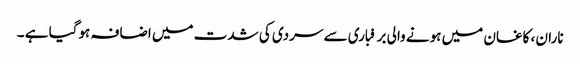
ناران ، کاغان میں ہونے والی برفباری سے سردی کی شدت میں اضافہ ہوگیا ہے ۔